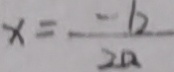
x = \frac { - b } { 2 a }